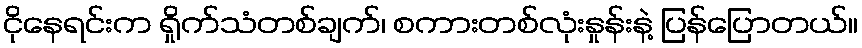
ငိုနေရင်းက ရှိုက်သံတစ်ချက်၊ စကားတစ်လုံးနှုန်းနဲ့ ပြန်ပြောတယ်။